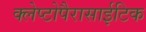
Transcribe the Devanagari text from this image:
क्लेप्टोपैरासाईटिक